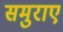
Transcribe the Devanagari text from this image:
समुराए